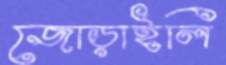
জোড়াইলি